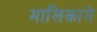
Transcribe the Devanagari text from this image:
मालिकाने